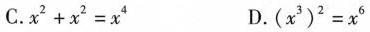
C.$$x ^ { 2 } + x ^ { 2 } = x ^ { 4 }$$ D.$$( x ^ { 3 } ) ^ { 2 } = x ^ { 6 }$$